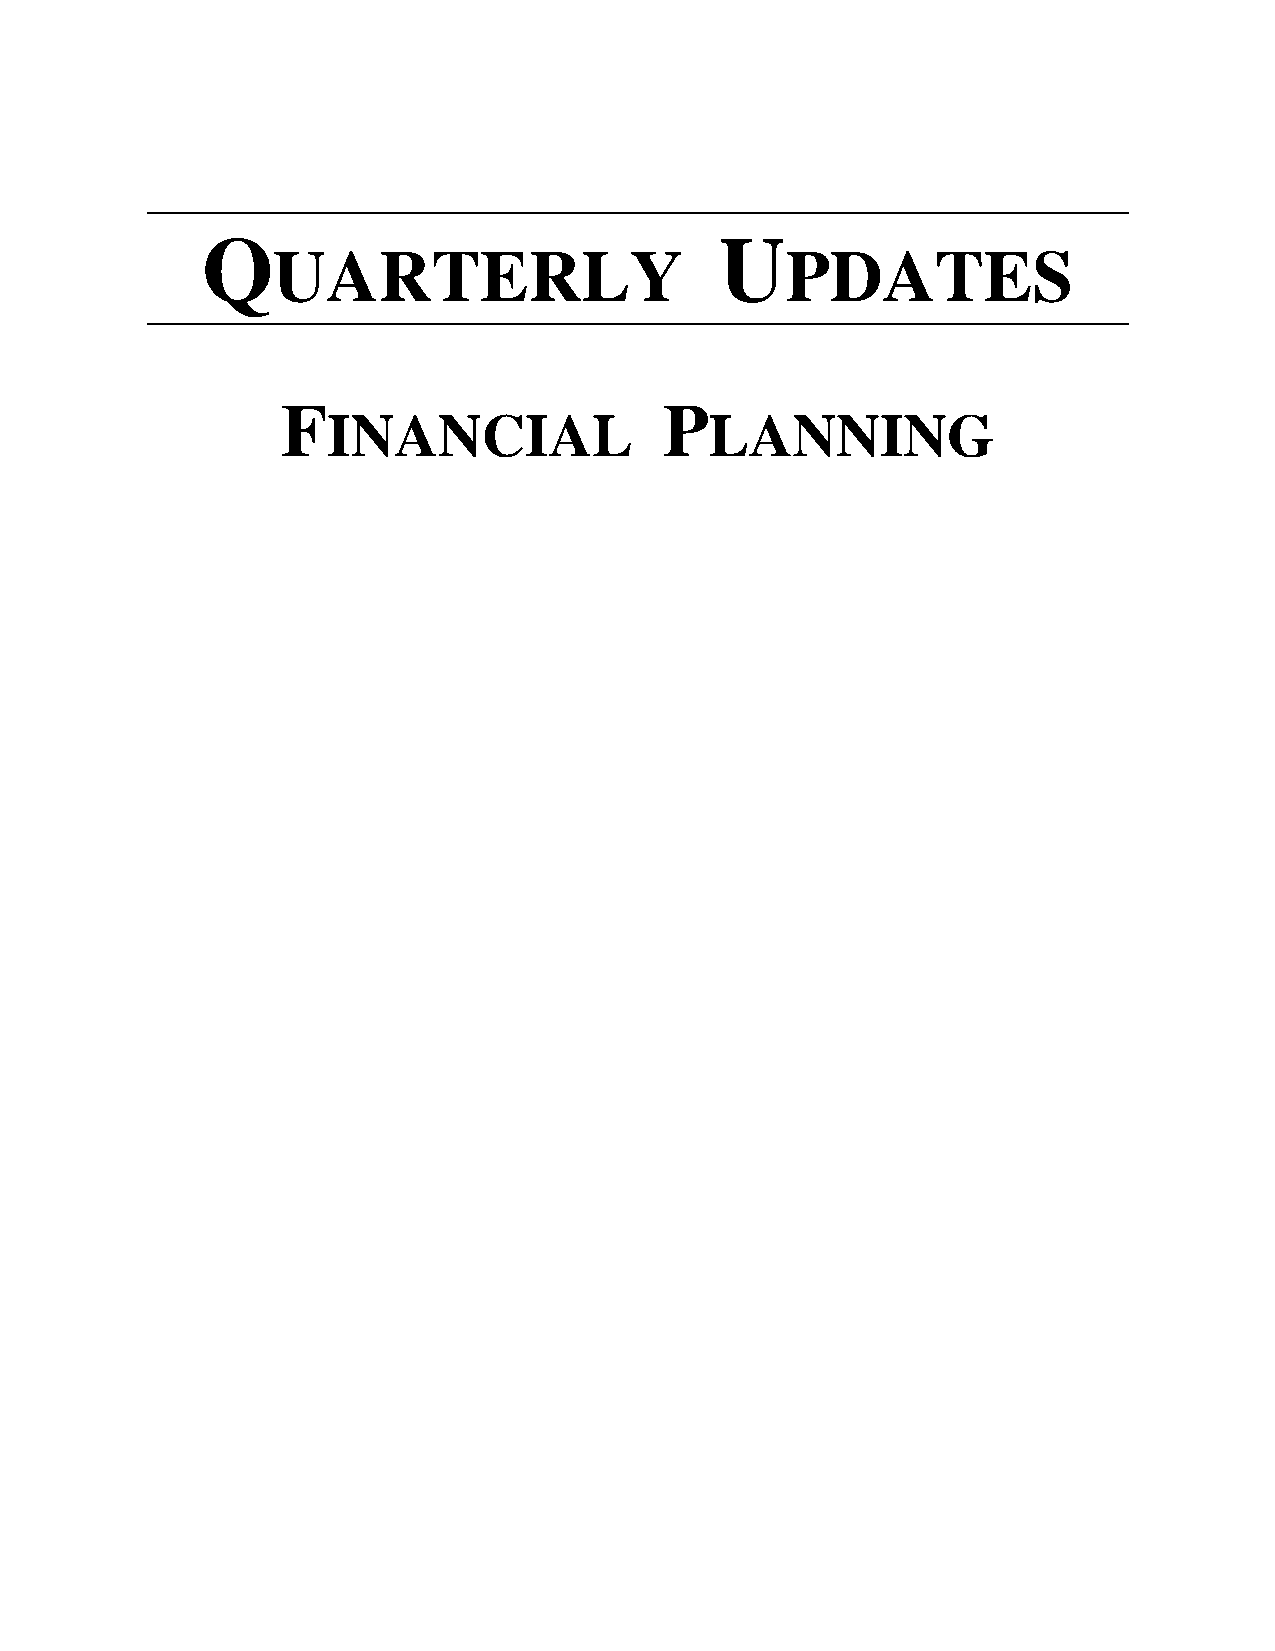
Q                                  U
 UARTERLY                          PDATES
 F                        P
 INANCIAL                 LANNING